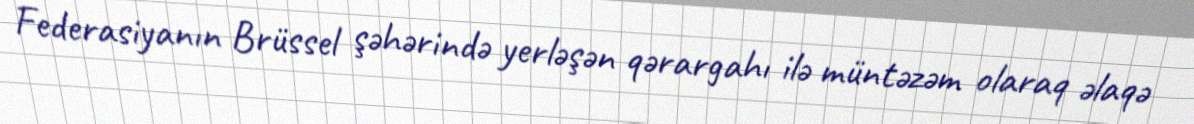
Federasiyanın Brüssel şəhərində yerləşən qərargahı ilə müntəzəm olaraq əlaqə